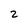
Character: 2